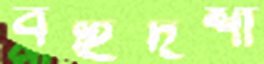
বহুদর্শী